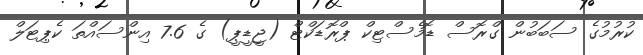
ކުރުމުގެ ސަބަބުން ގްރޮސް ޑޮމެސްޓިކް ޕްރޮޑަކްޓް (ޖީޑީޕީ) ގެ 7.6 އިންސައްތަ ކެޕިޓަލް